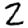
Digit: 2